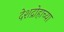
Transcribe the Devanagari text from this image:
देशद्रोहाच्या